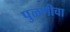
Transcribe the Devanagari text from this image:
पुळणीचा